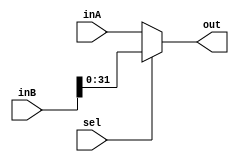
`timescale 1ns / 1ps
//////////////////////////////////////////////////////////////////////////////////
// Company: 
// Engineer: 
// 
// Design Name: 
// Module Name: Mux64_32Bit
// Project Name: 
// Target Devices: 
// Tool Versions: 
// Description: 
// 
// Dependencies: 
// 
// Revision:
// Revision 0.01 - File Created
// Additional Comments:
// 
//////////////////////////////////////////////////////////////////////////////////


module Mux64_32Bit(out, inA, inB, sel);
    
    output reg [31:0] out;
    input [31:0] inA;
    input [63:0] inB;
    input sel;
    
    initial begin   
        out <= 0;
    end    
    
    always @(inA or inB or sel) begin
        if(sel == 0)
            out = inA;
        else
            out = inB[31:0];
     end           

endmodule